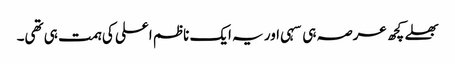
بھلے کچھ عرصہ ہی سہی اور یہ ایک ناظم اعلی کی ہمت ہی تھی۔